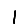
Digit: 1